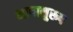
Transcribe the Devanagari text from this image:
भावानुरूप